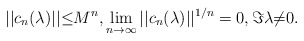
\begin{align*}||c_{n}(\lambda)||{\leq}M^{n},\lim_{n{\to}\infty} ||c_{n}(\lambda)||^{1/n}=0,\Im{\lambda}{\ne}0.\end{align*}